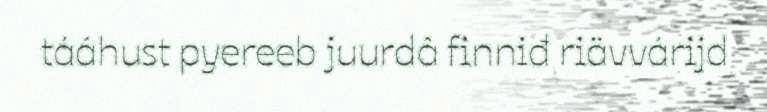
tááhust pyereeb juurdâ finniđ riävvárijd